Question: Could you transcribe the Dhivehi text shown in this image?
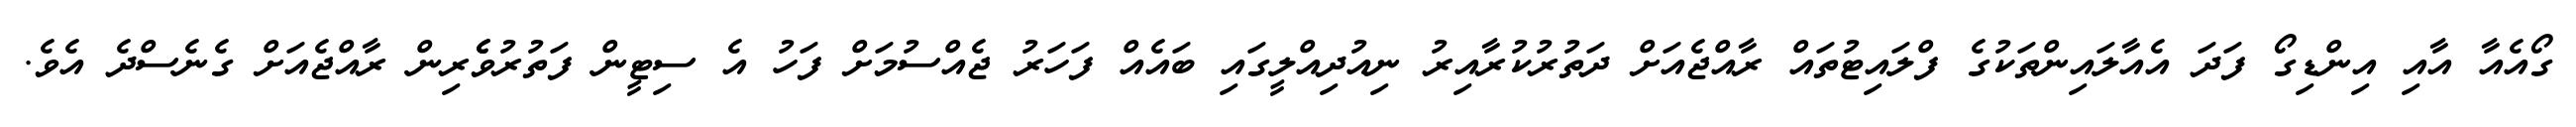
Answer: ގޯއެއާ އާއި އިންޑިގޯ ފަދަ އެއާލައިންތަކުގެ ފްލައިޓުތައް ރާއްޖެއަށް ދަތުރުކުރާއިރު ނިއުދިއްލީގައި ބައެއް ފަހަރު ޖެއްސުމަށް ފަހު އެ ސިޓީން ފަތުރުވެެރިން ރާއްޖެއަށް ގެނެސްދެ އެވެ.